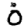
Digit: 0